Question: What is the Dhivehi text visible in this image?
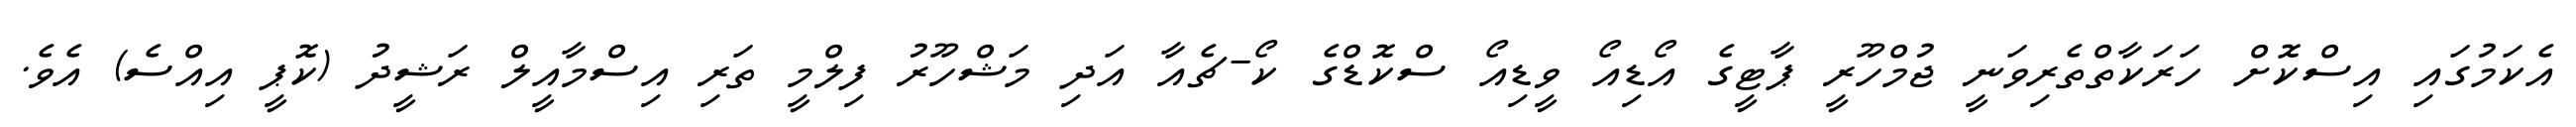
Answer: އެކަމުގައި އިސްކޮށް ހަރަކާތްތެރިވަނީ ޖުމްހޫރީ ޕާޓީގެ އޯޑިއޯ ވީޑިއޯ ސްކޮޑްގެ ކޯ-ޗެއާ އަދި މަޝްހޫރު ފިލްމީ ތަރި އިސްމާއީލް ރަޝީދު (ކޮޕީ އިއްސެ) އެވެ.